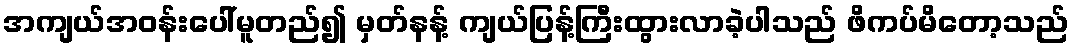
အကျယ်အဝန်းပေါ်မူတည်၍ မှတ်နန့် ကျယ်ပြန့်ကြီးထွားလာခဲ့ပါသည် ဖိကပ်မိတော့သည်